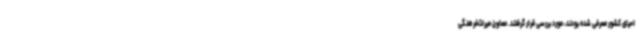
احیای کشور معرفی شده بودند، مورد بررسی قرار گرفتند. معاون میراث‌فرهنگی